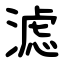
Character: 滤